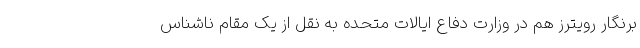
برنگار رویترز هم در وزارت دفاع ایالات متحده به نقل از یک مقام ناشناس